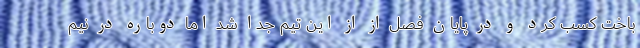
باخت کسب کرد و در پایان فصل از از این تیم جدا شد اما دوباره در نیم